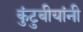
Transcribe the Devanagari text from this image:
कुंटुबीयांनी